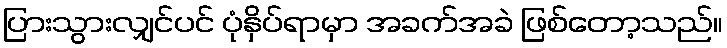
ပြားသွားလျှင်ပင် ပုံနှိပ်ရာမှာ အခက်အခဲ ဖြစ်တော့သည်။